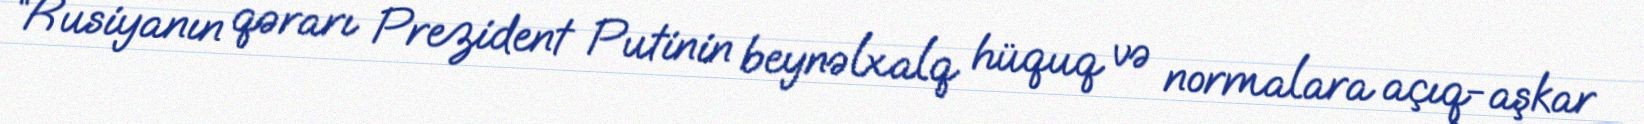
“Rusiyanın qərarı Prezident Putinin beynəlxalq hüquq və normalara açıq-aşkar